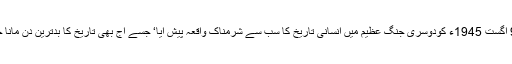
6 اور 9 اگست 1945ء کودوسری جنگ عظیم میں انسانی تاریخ کا سب سے شرمناک واقعہ پیش آیا‘ جسے آج بھی تاریخ کا بدترین دن مانا جاتا ہے۔